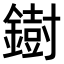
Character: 𫓄